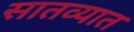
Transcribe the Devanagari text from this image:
सातव्यात